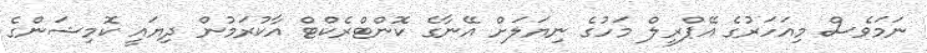
ނަމަވެސް މިއަހަރުގެ އޭޕްރީލް މަހުގެ ނިޔަލަށް އޭނާގެ ކޮންޓްރެކްޓް އާކުރަމުން ދިޔައީ ކޮމިޝަންގެ